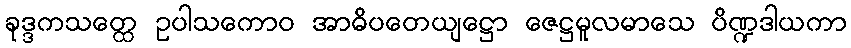
ခုဒ္ဒကသတ္ထေ ဥပါသကောဝ အာဓိပတေယျဋ္ဌော ဇေဋ္ဌမူလမာသေ ပိဏ္ဍဒါယကာ